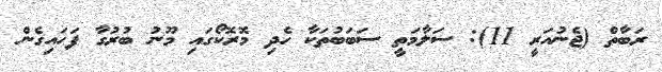
ރަބާތް (ޖެނުއަރީ 11): ސަލާމަތީ ސަބަބުތަކާ ހެދި މޮރޮކޯގައި މޫނު ބުރުގާ ފަހައިގެން